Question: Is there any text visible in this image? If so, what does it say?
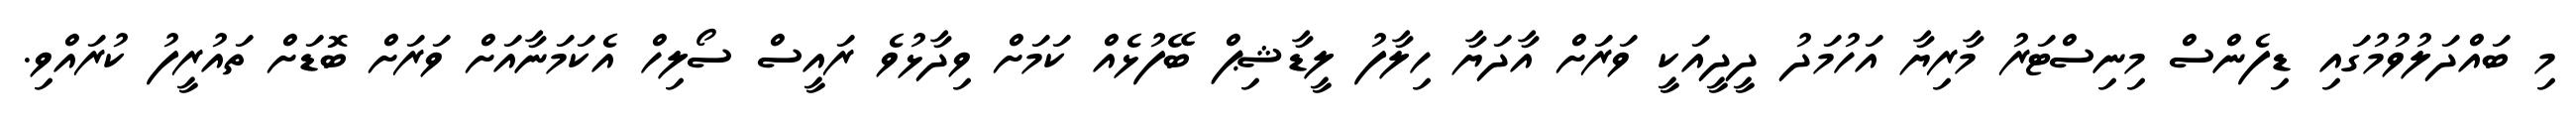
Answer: މި ބައްދަލުވުމުގައި ޑިފެންސް މިނިސްޓަރު މާރިޔާ އަހުމަދު ދީދީއަކީ ވަރަށް އާދަޔާ ހިލާފު ލީޑާޝިޕް ބޭފުޅެއް ކަމަށް ވިދާޅުވެ ރައީސް ސޯލިހް އެކަމަނާއަށް ވަރަށް ބޮޑަށް ތައުރީފު ކުރައްވި.